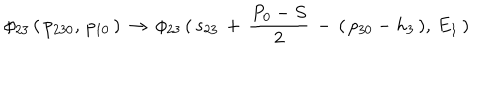
\phi _ { 2 3 } \, ( \, p _ { 2 3 0 } , \, p _ { 1 0 } \, ) \, \to \, \phi _ { 2 3 } \, ( \, s _ { 2 3 } \, + \, { \frac { P _ { 0 } - S } { 2 } } \, - \, ( \, p _ { 3 0 } - h _ { 3 } \, ) , \, E _ { 1 } \, )